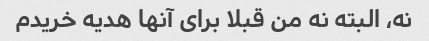
نه، البته نه من قبلا برای آنها هدیه خریدم